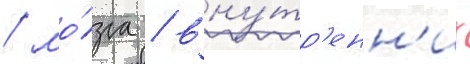
/ мо́зга / вну́тр'енн'их